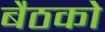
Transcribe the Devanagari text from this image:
बैठको